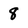
Character: 8